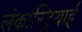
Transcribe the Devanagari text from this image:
लंकास्ट्रियाई